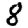
Digit: 8